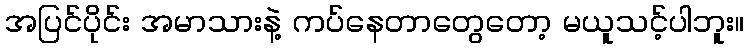
အပြင်ပိုင်း အမာသားနဲ့ ကပ်နေတာတွေတော့ မယူသင့်ပါဘူး။